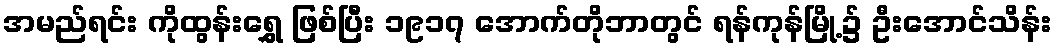
အမည်ရင်း ကိုထွန်းရွှေ ဖြစ်ပြီး ၁၉၁၇ အောက်တိုဘာတွင် ရန်ကုန်မြို့၌ ဦးအောင်သိန်း